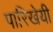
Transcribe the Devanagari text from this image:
पारिखेयी